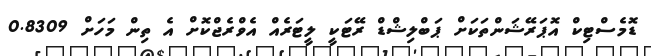
ޑޮމެސްޓިކް އޮޕަރޭޝަންތަކަށް ޕަބްލިޝްޑް ރޭޓަކީ ލީޓަރެއް އެވްރެޖްކޮށް އެ ތިން މަހަށް 0.8309